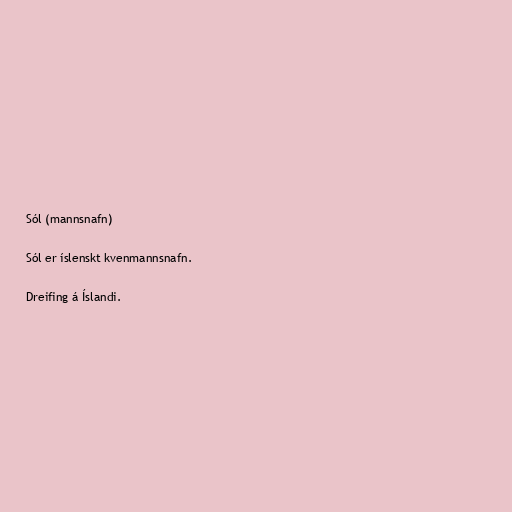
Sól (mannsnafn)

Sól er íslenskt kvenmannsnafn.

Dreifing á Íslandi.